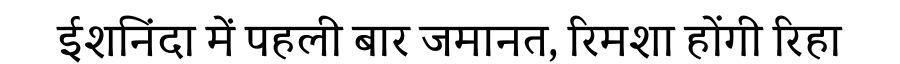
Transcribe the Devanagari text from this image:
ईशनिंदा में पहली बार जमानत, रिमशा होंगी रिहा